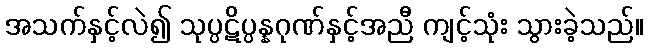
အသက်နှင့်လဲ၍ သုပ္ပဋိပ္ပန္နဂုဏ်နှင့်အညီ ကျင့်သုံး သွားခဲ့သည်။